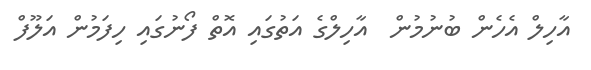
އާހިލް އެހެން ބުނުމުން  އާހިލްގެ އަތުގައި އޮތް ފޯނުގައި ހިފަމުން އަލޫފް